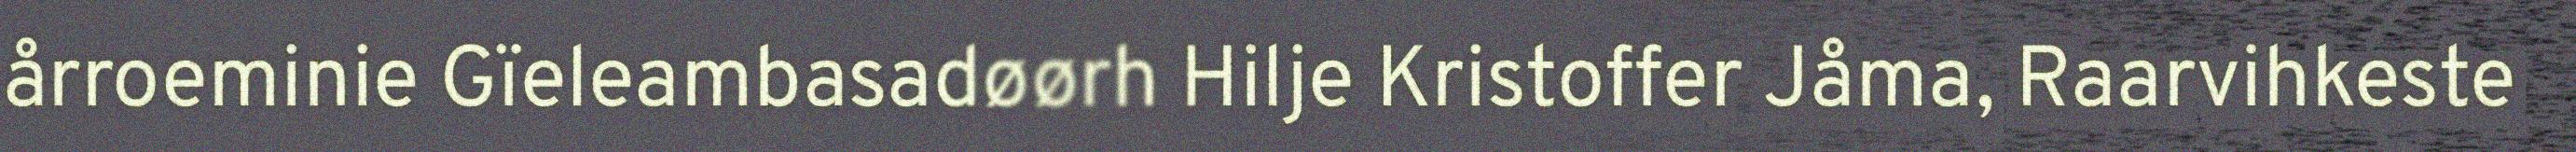
årroeminie Gïeleambasadøørh Hilje Kristoffer Jåma, Raarvihkeste